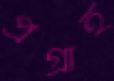
প্রগ্রাহ